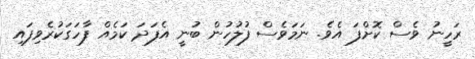
ރަހީނު ވެސް ކޮށްފަ އެވެ. ނަމަވެސް ފުލުހުން ބުނީ އެފަދަ ކަމެއް ފާހަގަކުރެވިފައި